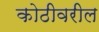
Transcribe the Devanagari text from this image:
कोठीवरील